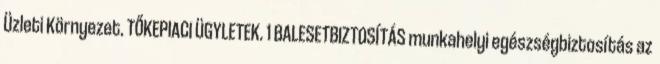
Üzleti Környezet. TŐKEPIACI ÜGYLETEK. 1 BALESETBIZTOSÍTÁS munkahelyi egészségbiztosítás az